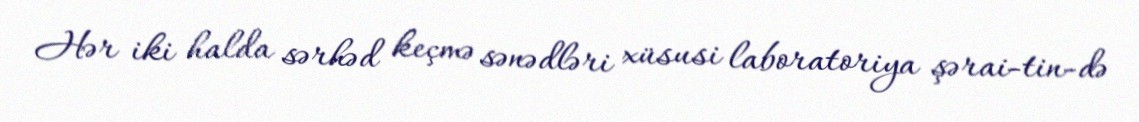
Hər iki halda sərhəd keçmə sənədləri xüsusi laboratoriya şərai­tin­də